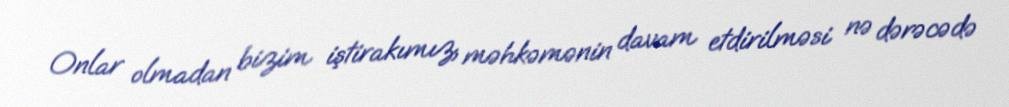
Onlar olmadan bizim iştirakımız, məhkəmənin davam etdirilməsi nə dərəcədə